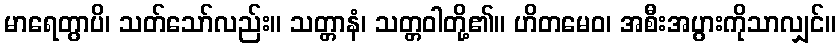
မာရေတွာပိ၊ သတ်သော်လည်း။ သတ္တာနံ၊ သတ္တဝါတို့၏။ ဟိတမေဝ၊ အစီးအပွားကိုသာလျှင်။